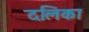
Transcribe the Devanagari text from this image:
दलिका